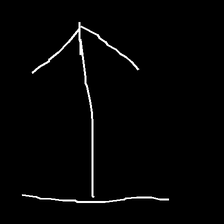
Glyph: levitation